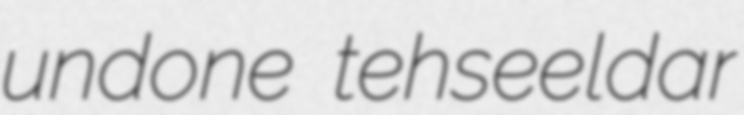
undone tehseeldar